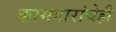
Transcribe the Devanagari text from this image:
कामगारांचेही